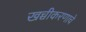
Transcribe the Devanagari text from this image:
खच्चीकरणाचे